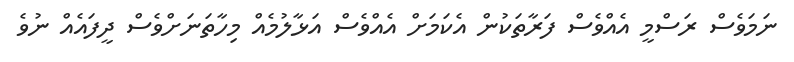
ނަމަވެސް ރަސްމީ އެއްވެސް ފަރާތަކުން އެކަމަށް އެއްވެސް އަޅާލުމެއް މިހާތަނަށްވެސް ދީފައެއް ނުވެ